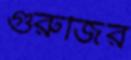
গুরুজির